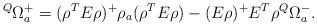
LaTeX: \begin{align*}{}^Q\Omega^+_a=(\rho^T E\rho)^+\rho_a(\rho^T E\rho)-(E\rho)^+E^T\rho{}^Q\Omega^-_a.\end{align*}